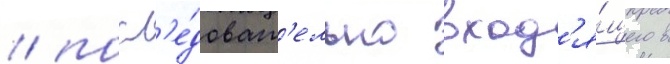
/ посл'е́доват'ельно вход'я́щего в